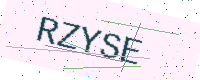
Text: RZYSE